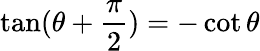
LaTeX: \tan(\theta+{\frac{\pi}{2}})=-\cot\theta